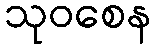
သုဝစေန